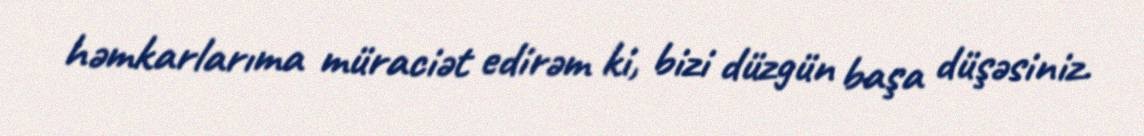
həmkarlarıma müraciət edirəm ki, bizi düzgün başa düşəsiniz.